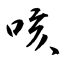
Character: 咳